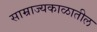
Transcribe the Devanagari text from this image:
साम्राज्यकाळातील